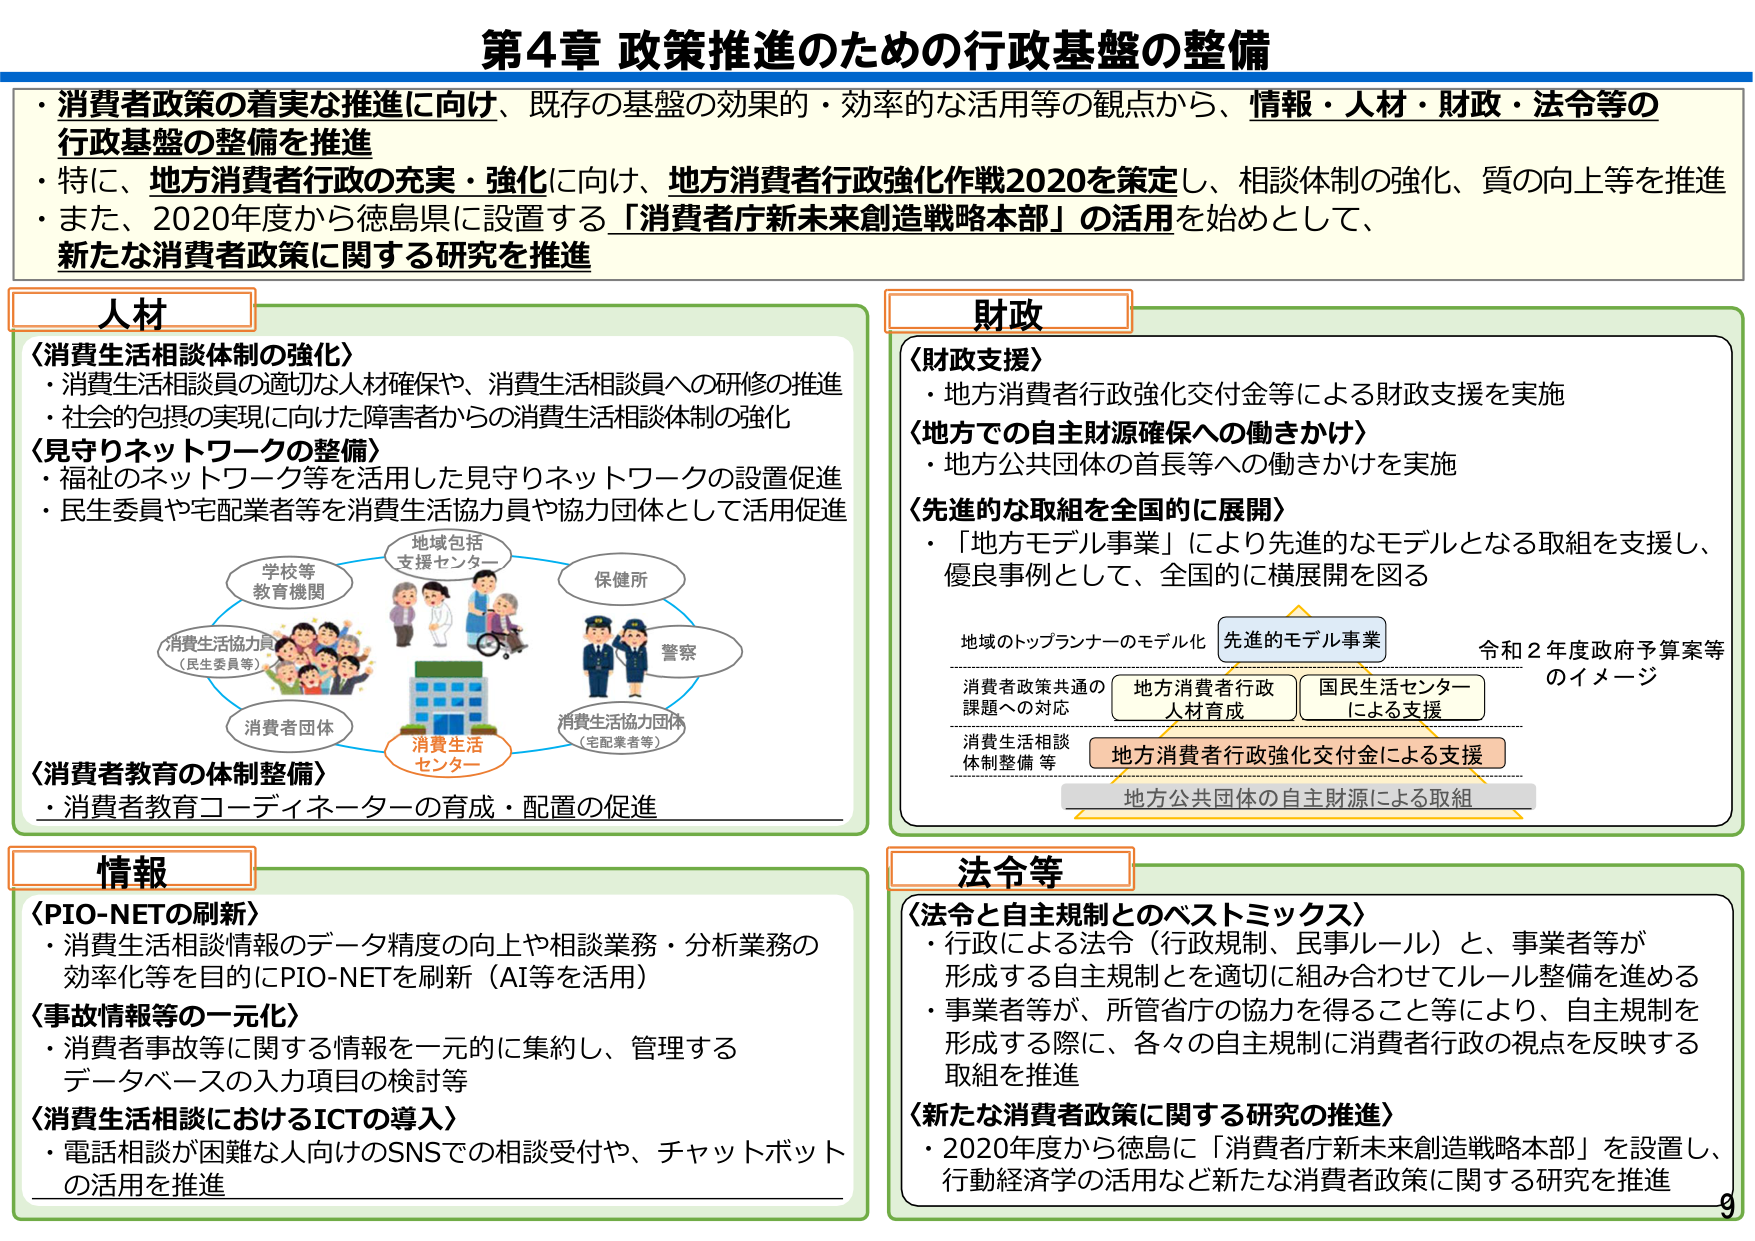
第4章 政策推進のための行政基盤の整備

・消費者政策の着実な推進に向け、既存の基盤の効果的・効率的な活用等の観点から、情報・人材・財政・法令等の行政基盤の整備を推進
・特に、地方消費者行政の充実・強化に向け、地方消費者行政強化作戦2020を策定し、相談体制の強化、質の向上等を推進
・また、2020年度から徳島県に設置する「消費者庁新未来創造戦略本部」の活用を始めとして、新たな消費者政策に関する研究を推進

人材
〈消費生活相談体制の強化〉
・消費生活相談員の適切な人材確保や、消費生活相談員への研修の推進
・社会的包摂の実現に向けた障害者からの消費生活相談体制の強化
〈見守りネットワークの整備〉
・福祉のネットワーク等を活用した見守りネットワークの設置促進
・民生委員や宅配業者等を消費生活協力員や協力団体として活用促進
〈消費者教育の体制整備〉
・消費者教育コーディネーターの育成・配置の促進

財政
〈財政支援〉
・地方消費者行政強化交付金等による財政支援を実施
〈地方での自主財源確保への働きかけ〉
・地方公共団体の首長等への働きかけを実施
〈先進的な取組を全国的に展開〉
・「地方モデル事業」により先進的なモデルとなる取組を支援し、優良事例として、全国的に横展開を図る

地域のトップランナーのモデル化
先進的モデル事業
令和2年度政府予算案等のイメージ
消費者政策共通の課題への対応
地方消費者行政人材育成
国民生活センターによる支援
消費生活相談体制整備等
地方消費者行政強化交付金による支援
地方公共団体の自主財源による取組

情報
〈PIO-NETの刷新〉
・消費生活相談情報のデータ精度の向上や相談業務・分析業務の効率化等を目的にPIO-NETを刷新（AI等を活用）
〈事故情報等の一元化〉
・消費者事故等に関する情報を一元的に集約し、管理するデータベースの入力項目の検討等
〈消費生活相談におけるICTの導入〉
・電話相談が困難な人向けのSNSでの相談受付や、チャットボットの活用を推進

法令等
〈法令と自主規制とのベストミックス〉
・行政による法令（行政規制、民事ルール）と、事業者等が形成する自主規制とを適切に組み合わせてルール整備を進める
・事業者等が、所管省庁の協力を得ること等により、自主規制を形成する際に、各々の自主規制に消費者行政の視点を反映する取組を推進
〈新たな消費者政策に関する研究の推進〉
・2020年度から徳島に「消費者庁新未来創造戦略本部」を設置し、行動経済学の活用など新たな消費者政策に関する研究を推進

9